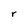
Character: r